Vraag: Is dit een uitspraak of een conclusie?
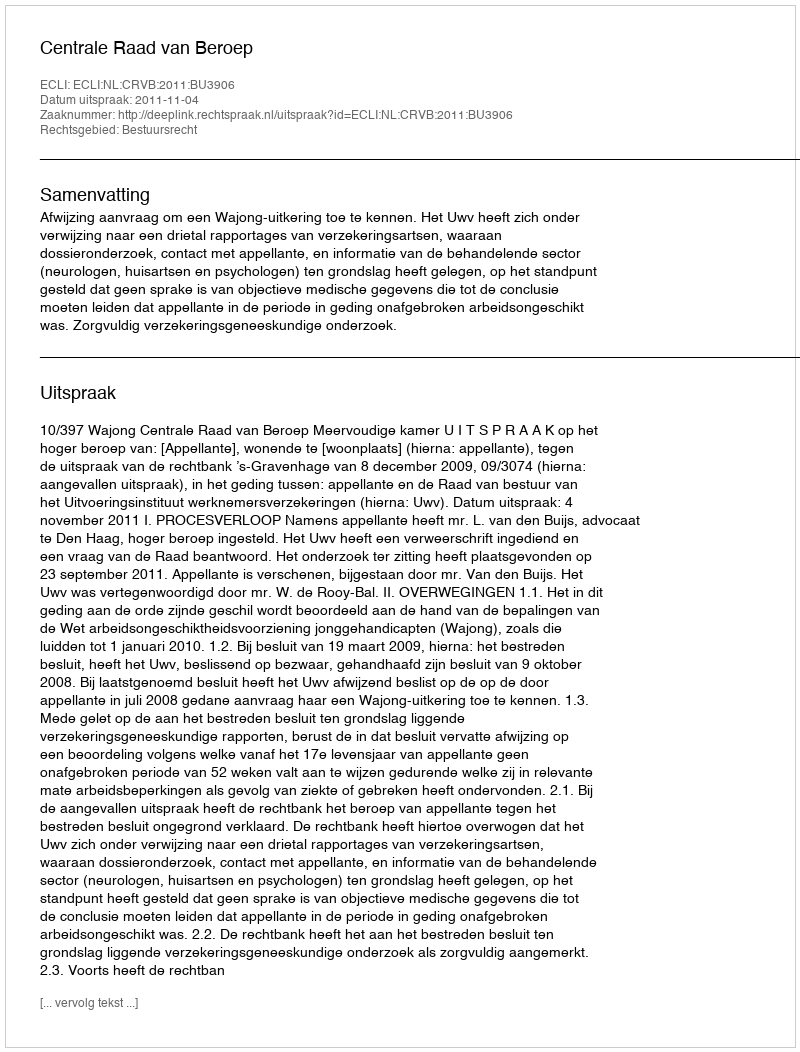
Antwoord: Uitspraak